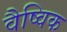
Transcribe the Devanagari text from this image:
वैष्विक